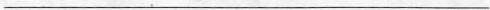
___